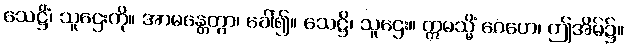
သေဋ္ဌိံ၊ သူဌေးကို။ အာမန္တေတွာ၊ ခေါ်၍။ သေဋ္ဌိ၊ သူဌေး။ ဣမသ္မိံ ဂေဟေ၊ ဤအိမ်၌။